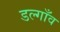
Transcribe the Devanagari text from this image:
डल्गाँव